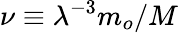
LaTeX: \nu\equiv\lambda^{-3}m_{o}/M